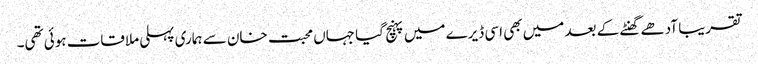
تقریبا آدھے گھنٹے کے بعد میں بھی اسی ڈیرے میں پہنچ گیا جہاں محبت خان سے ہماری پہلی ملاقات ہوئی تھی۔